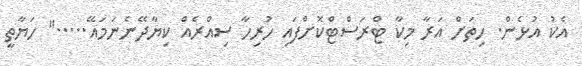
އެކު އުޅެން. ހިތަށް އަރާ މިކާ ޓްރަސްޓްކޮށްފައި ހުރިހާ ސިއްރެއް ކިޔާދޭނެނަމައޭ....." ހަޔާތީ